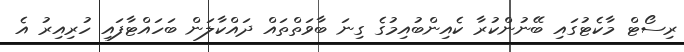
ރިސޯޓް މާކެޓުގައި ބޭނުންކުރާ ކެއިންބުއިމުގެ ގިނަ ބާވަތްތައް ދައްކާލަން ބަހައްޓާފައި ހުރިއިރު އެ